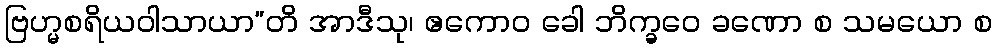
ဗြဟ္မစရိယဝါသာယာ”တိ အာဒီသု၊ ဧကောဝ ခေါ ဘိက္ခဝေ ခဏော စ သမယော စ